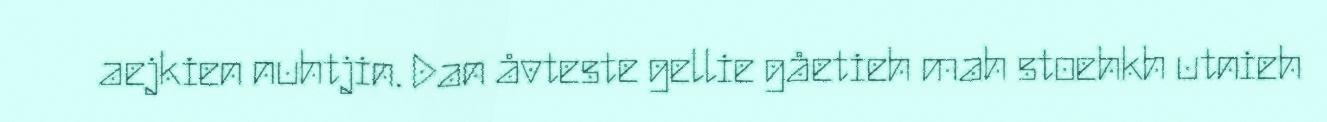
aejkien nuhtjin. Dan åvteste gellie gåetieh mah stoehkh utnieh